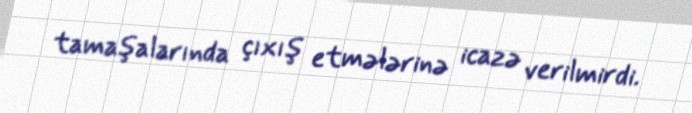
tamaşalarında çıxış etmələrinə icazə verilmirdi.